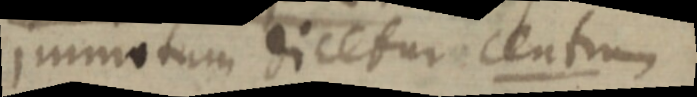
immotum dicetur centrum